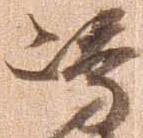
島